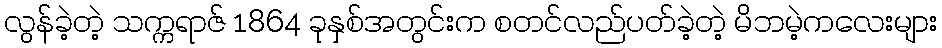
လွန်ခဲ့တဲ့ သက္ကရာဇ် 1864 ခုနှစ်အတွင်းက စတင်လည်ပတ်ခဲ့တဲ့ မိဘမဲ့ကလေးများ